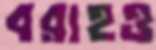
বরাহও